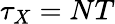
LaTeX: \tau_{X}=NT